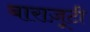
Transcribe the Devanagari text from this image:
बाराज़ूटी